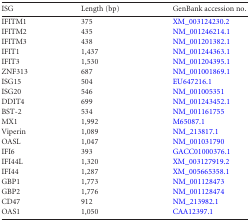
| ISG | Length (bp) | GenBank accession no. |
 | --- | --- | --- |
 | IFITM1 | 375 | XM_003124230.2 |
 | IFITM2 | 435 | NM_001246214.1 |
 | IFITM3 | 438 | NM_001201382.1 |
 | IFIT1 | 1,437 | NM_001244363.1 |
 | IFIT3 | 1,530 | NM_001204395.1 |
 | ZNF313 | 687 | NM_001001869.1 |
 | ISG15 | 504 | EU647216.1 |
 | ISG20 | 546 | NM_001005351 |
 | DDIT4 | 699 | NM_001243452.1 |
 | BST-2 | 534 | NM_001161755 |
 | MX1 | 1,992 | M65087.1 |
 | Viperin | 1,089 | NM_213817.1 |
 | OASL | 1,047 | NM_001031790 |
 | IFI6 | 393 | GACC01000376.1 |
 | IFI44L | 1,320 | XM_003127919.2 |
 | IFI44 | 1,287 | XM_005665358.1 |
 | GBP1 | 1,773 | NM_001128473 |
 | GBP2 | 1,776 | NM_001128474 |
 | CD47 | 912 | NM_213982.1 |
 | OAS1 | 1,050 | CAA12397.1 |